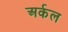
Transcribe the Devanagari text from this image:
अर्कल